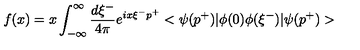
f ( x ) = x \int _ { - \infty } ^ { \infty } \frac { d \xi ^ { - } } { 4 \pi } e ^ { i x \xi ^ { - } p ^ { + } } < \psi ( p ^ { + } ) | \phi ( 0 ) \phi ( \xi ^ { - } ) | \psi ( p ^ { + } ) >